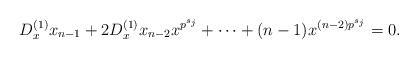
\begin{align*}D_x^{(1)}x_{n-1}+2D_x^{(1)}x_{n-2}x^{p^{s_j}}+\cdots+(n-1)x^{(n-2)p^{s_j}}=0.\end{align*}